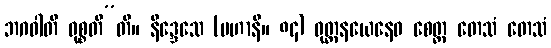
ဘဂဝါတိ ဝုစ္စတီ”တိ။ နိဒ္ဒေသေ (မဟာနိ။ ၈၄) ဝုတ္တနယေနေဝ စေတ္ထ တေသံ တေသံ